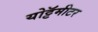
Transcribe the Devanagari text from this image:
योट्टॅमीटर